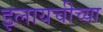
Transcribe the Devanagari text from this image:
इलायचीच्या